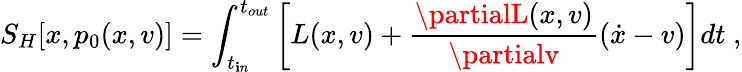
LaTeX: S_{H}[x,p_{0}(x,v)]=\int_{t_{\mathbf{i}n}}^{t_{out}}\left[L(x,v)+\frac{{\partialL(x,v)}}{{\partialv}}(\dot{{x}}-v)\right]dt\; ,